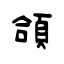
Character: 頜